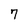
Character: 7